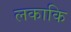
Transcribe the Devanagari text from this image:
लकाकि